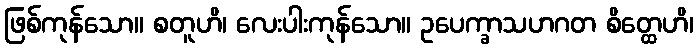
ဖြစ်ကုန်သော။ စတူဟိ၊ လေးပါးကုန်သော။ ဥပေက္ခာသဟဂတ စိတ္ထေဟိ၊